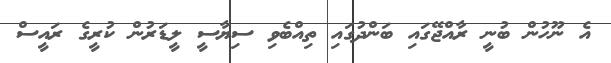
އެ ނޫހުން ބުނީ ރާއްޖޭގައި ބަންދުގައި ތިއްބެވި ސިޔާސީ ލީޑަރުން ކުރީގެ ރައީސް